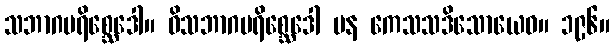
သဘာဂပရိစ္ဆေဒေါ။ ဝိသဘာဂပရိစ္ဆေဒေါ ပန ကေသသဒိသောယေဝ။ ၁၉၆။